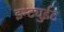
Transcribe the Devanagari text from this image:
इन्ट्युईट